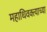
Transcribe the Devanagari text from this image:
महाधिवक्त्याच्या